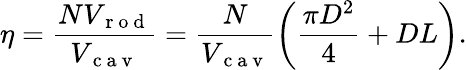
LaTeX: \eta=\frac{NV_{\mathrm{~r~o~d~}}}{V_{\mathrm{~c~a~v~}}}=\frac{N}{V_{\mathrm{~c~a~v~}}}\left(\frac{\pi D^{2}}{4}+DL\right).